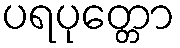
ပရပုတ္တော